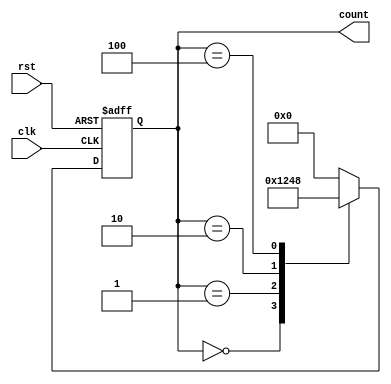
module ring_counter (
    input wire clk,
    input wire rst,
    output reg [3:0] count
);

reg [3:0] next_count;

always @(posedge clk or posedge rst) begin
    if (rst) begin
        count <= 4'b0000;
    end else begin
        count <= next_count;
    end
end

always @(*) begin
    case(count)
        4'b0000: next_count = 4'b0001;
        4'b0001: next_count = 4'b0010;
        4'b0010: next_count = 4'b0100;
        4'b0100: next_count = 4'b1000;
        4'b1000: next_count = 4'b0000;
        default: next_count = 4'b0000;
    endcase
end

endmodule